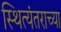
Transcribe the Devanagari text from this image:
स्थित्यंतराच्या